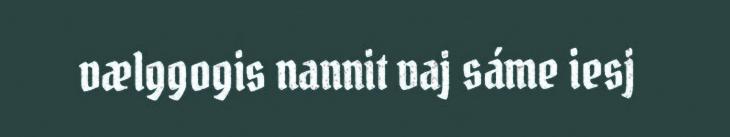
vælggogis nannit vaj sáme iesj